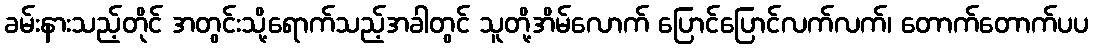
ခမ်းနားသည့်တိုင် အတွင်းသို့ရောက်သည့်အခါတွင် သူတို့အိမ်လောက် ပြောင်ပြောင်လက်လက်၊ တောက်တောက်ပပ